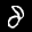
Label: 8